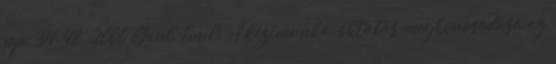
pp. 34-48. 2000 Gaul, Emil: A kézimunka-oktatás meghonosodása az